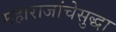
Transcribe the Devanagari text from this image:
महाराजांचेसुद्धा